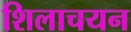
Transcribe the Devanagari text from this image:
शिलाचयन